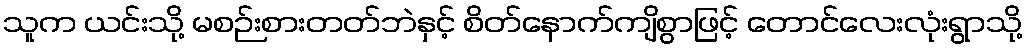
သူက ယင်းသို့ မစဉ်းစားတတ်ဘဲနှင့် စိတ်နောက်ကျိစွာဖြင့် တောင်လေးလုံးရွာသို့